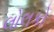
લોલકો